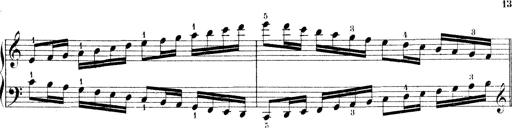
Title: Technische Studien
Composer: Franz Liszt